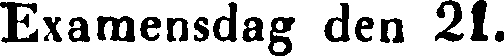
Examensdag den 21.